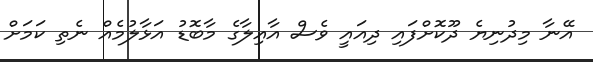
އޭނާ މިދުނިޔެ ދޫކޮށްފައި ދިއައީ ވެސް އާއިލާގެ މާބޮޑު އަޅާލުމެއް ނެތި ކަމަށް